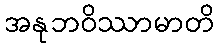
အနုဘဝိဿာမာတိ